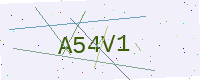
Text: A54V1